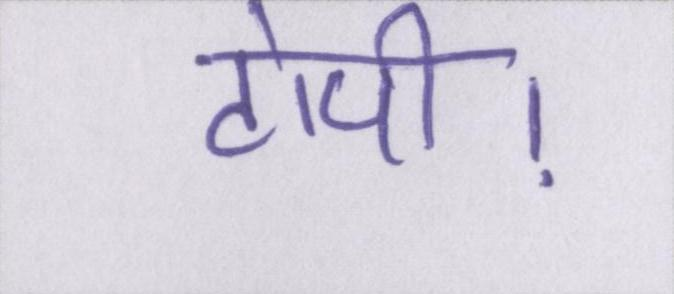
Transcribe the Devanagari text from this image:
टोपी।